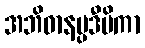
အဘိဓာနပ္ပဒီပိကာ